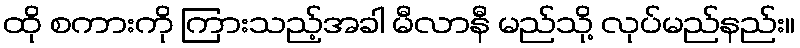
ထို စကားကို ကြားသည့်အခါ မီလာနီ မည်သို့ လုပ်မည်နည်း။